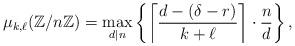
LaTeX: \begin{align*} \mu_{k, \ell}(\mathbb{Z}/n\mathbb{Z}) = \max_{d | n} \left\{ \left\lceil \frac{d - (\delta - r)}{k + \ell} \right\rceil \cdot \frac{n}{d} \right\}, \end{align*}